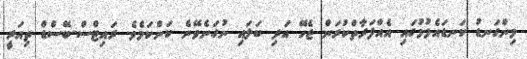
މިންގަނޑު ކަނޑައެޅުމުގައި އެއްފަރާތްކުރަން ޖެހޭ އަދި ބަލައި ނުގަނެވޭނެ ކަންކަމެވެ. ރައިޓްސް-ބޭސްޑް ތިއަރީ